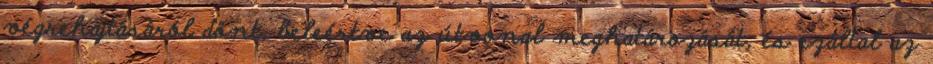
végrehajtásáról dönt, beleértve az útvonal meghatározását, és ezáltal az